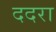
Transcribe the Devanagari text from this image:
ददरा